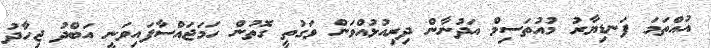
އުއްތަމަ ފަނޑިޔާރު މުއުތަސިމް އަދުނާން ދިރިއުޅުއްވަން ވަގުތީ ގޮތުން ހަމަޖައްސާފައިވަނީ އަބްދު ޖިހާދު